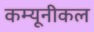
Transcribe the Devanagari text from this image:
कम्यूनीकल